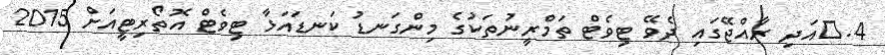
4.	އަދި ރާއްޖޭގައި ދެވޭ ޓިވެޓް ތަމްރީނުތަކުގެ މިންގަނޑު ކަނޑައަޅާ ޓިވެޓް އޮތޯރިޓީއަށް 2015